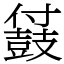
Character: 䵾